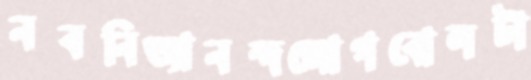
নবনিত্যানন্দজোগবোলটা